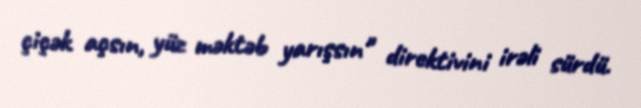
çiçək açsın, yüz məktəb yarışsın" direktivini irəli sürdü.